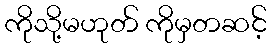
ကိုသို့မဟုတ် ကိုမှတဆင့်